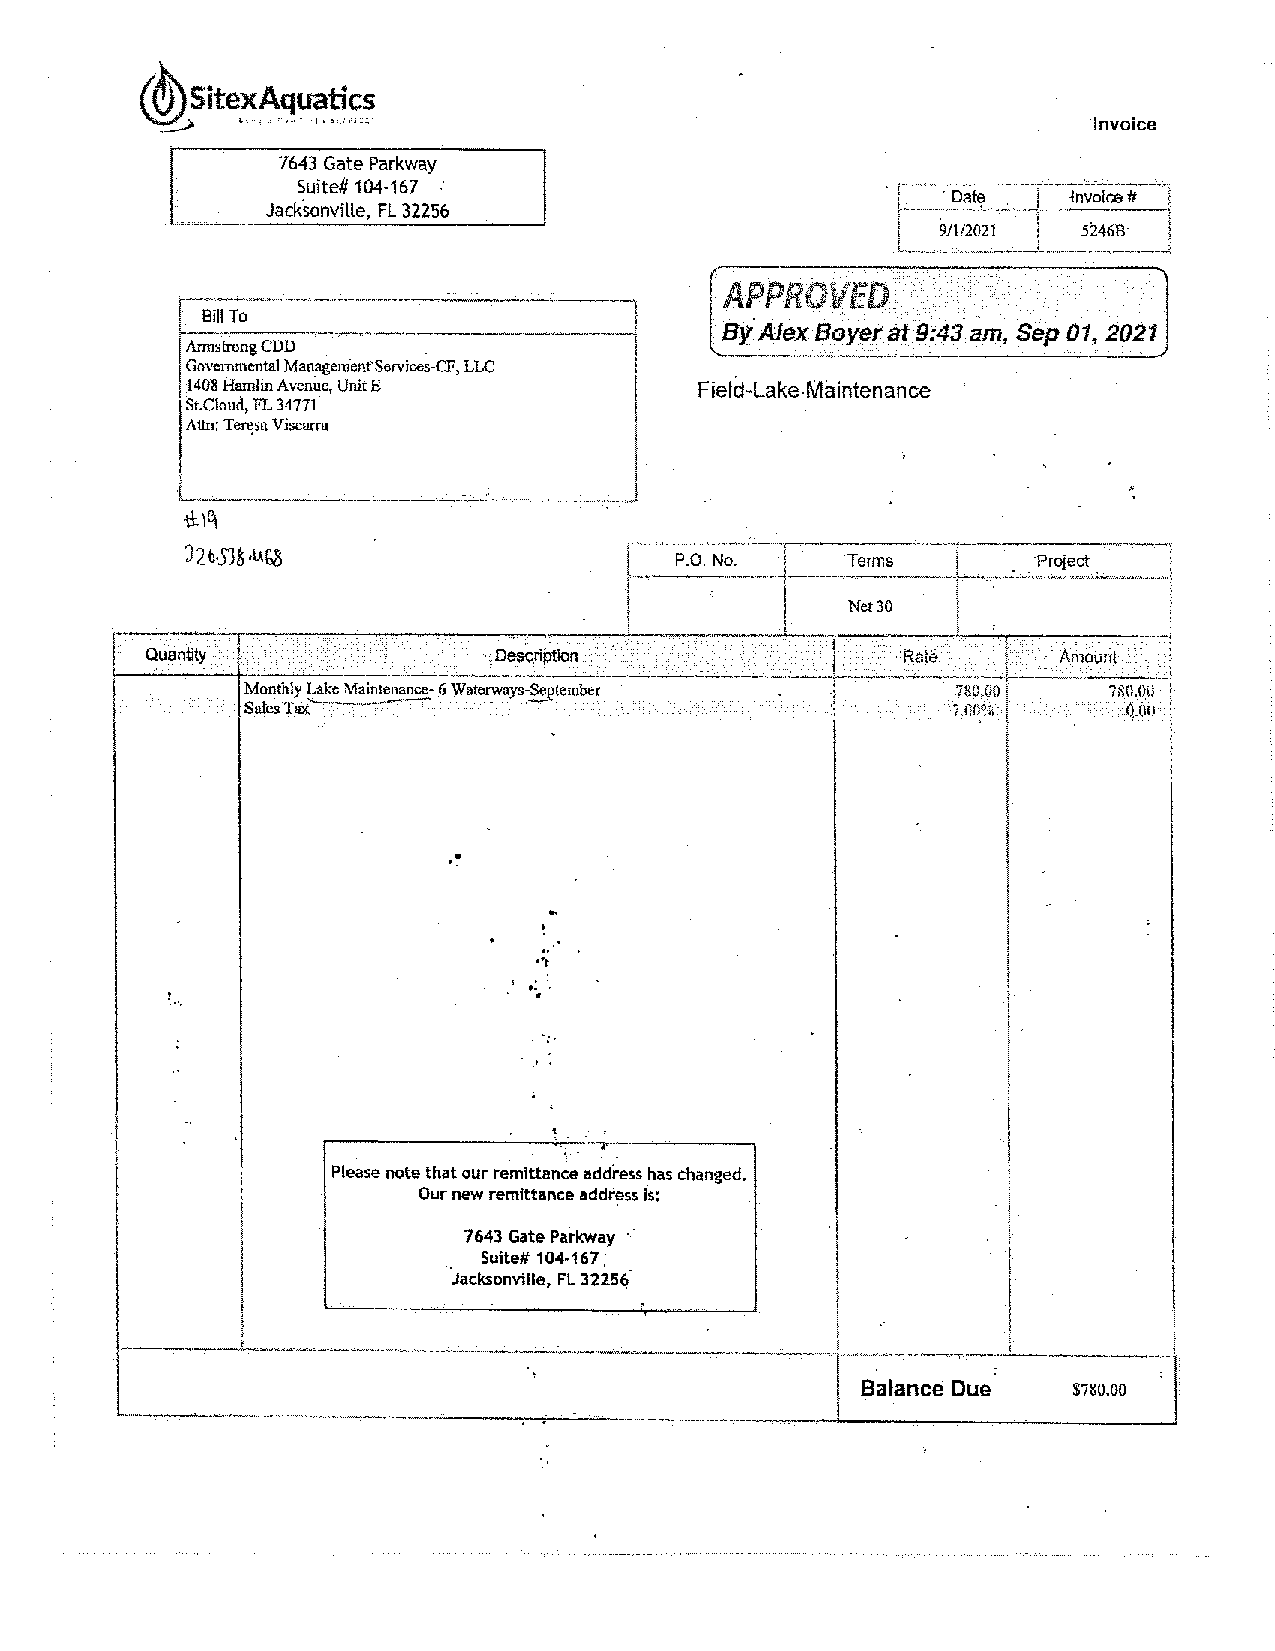
Invoice
 7643 Gate Parkway
 Suite# 104-167
 • Date _J ___~_n_v oice#
 Jacksonville, FL 32256
 9/1/2021  5246B
 APPROVED
 Bf Alex Boyer at 9:43 am, Sep 01, 2021
 Armstrong COD . .
 Governmental ManagenienfServices-CF, LLC
 1408 Hamlin Avenlle, UnitE        Field-Lake.Maintenance
 St.Cloud, FL 34771
 Attn; Te~sa Viscarra
 ____,._, _
 J2.b,5J!, U[,S                   P.O. No.   ·Terms      ·Project ;
 ·--~                 -·-"'•---><•• -"· .,_ __.. _ "- ,,,,,.,.
 Net30
 ..
 Quantity ••           . De, script~ io n ~   ! !  Rate . • l AmoUrit
 ~-·     ---- ------
 Monthly ~ake .Maintenance-6 Waterways-~tember I 780.00   780,00
 Sales Tax                                      7.GO%       Q.00
 •
 .
 .
 •
 .,
 ·~
 '
 '
 ,·
 I
 .
 <
 i     Please note that our remittance addi-ess has changed.
 Our new remittance addf~ss is:
 7643 Gate Parkway •.
 Suite# 104-167,
 Jacksonville, FL 32256
 .
 '
 '         ..                     ---               i          •I
 1• Balance Due  $780.00 I